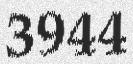
3944